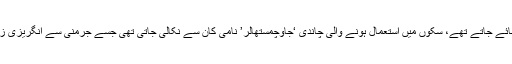
1520 میں ریاست بوہیمیا میں چاندی کے سکے بنائے جاتے تھے، سکوں میں استعمال ہونے والی چاندی ‘جاوچمستھالر’ نامی کان سے نکالی جاتی تھی جسے جرمنی سے انگریزی زبان میں ادائیگی کے بعد ‘جاو چم ویلی’ کہا جاتا تھا۔